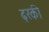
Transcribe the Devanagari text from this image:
ढ़रकी